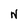
Character: N